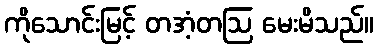
ကိုသောင်းမြင့် တအံ့တဩ မေးမိသည်။